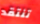
تنتقد